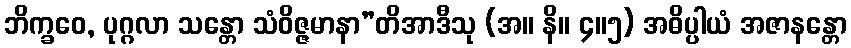
ဘိက္ခဝေ, ပုဂ္ဂလာ သန္တော သံဝိဇ္ဇမာနာ”တိအာဒီသု (အ။ နိ။ ၄။၅) အဓိပ္ပါယံ အဇာနန္တော